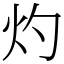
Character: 灼